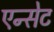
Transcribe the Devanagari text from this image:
एन्सेट